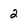
Character: 2